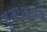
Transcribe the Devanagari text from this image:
हुआ।इसके